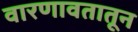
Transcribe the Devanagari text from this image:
वारणावतातून